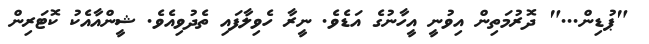
"ޕުޑިން..." ދޮރުމަތިން އިވުނީ އީހާނުގެ އަޑެވެ. ނީރާ ހެވިލާފައި ތެދުވިއެވެ. ޝީންއާއެކު ކޮޓަރިން